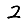
Digit: 2